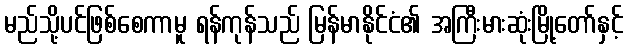
မည်သို့ပင်ဖြစ်စေကာမူ ရန်ကုန်သည် မြန်မာနိုင်ငံ၏ အကြီးမားဆုံးမြို့တော်နှင့်